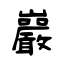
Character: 巖